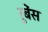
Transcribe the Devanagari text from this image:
रुबेंस